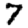
Digit: 7